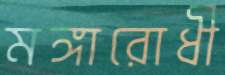
মঙ্গারোধী